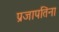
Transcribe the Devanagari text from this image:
प्रजापतिंना